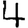
Digit: 4